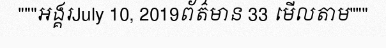
"""អង្គរJuly 10, 2019ព័ត៌មាន 33 មើលតាម"""